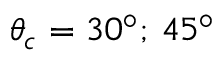
\theta _ { c } = 3 0 ^ { \circ } ; \, 4 5 ^ { \circ }